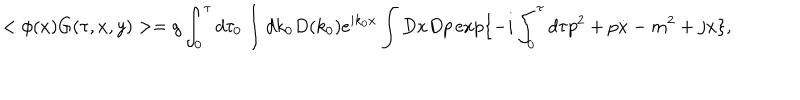
< \phi ( x ) G ( \tau , x , y ) > = g \int _ { 0 } ^ { \tau } d \tau _ { 0 } \int d k _ { 0 } D ( k _ { 0 } ) e ^ { i k _ { 0 } x } \int D x D p \exp \{ - i \int _ { 0 } ^ { \tau } d \tau p ^ { 2 } + p \dot { x } - m ^ { 2 } + j x \} ,